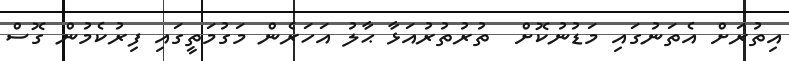
އިތުރަށް އެތަނުގައި މަޑުނުކޮށް  ތުރުތުރުއަޅާ ޙާލު އަހަރެން މަގުމަތީގައި ފިރުކެމުން ގޮސް